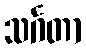
သင်္ဂတာ